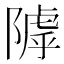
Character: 𨻲